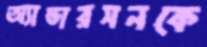
অ্যান্ডারসনকে